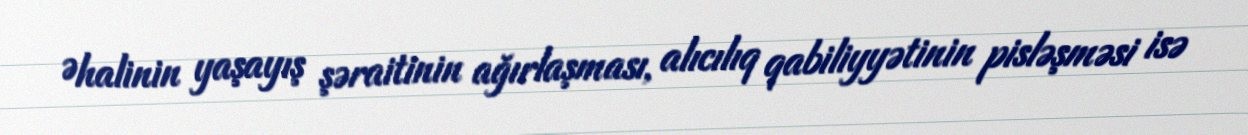
Əhalinin yaşayış şəraitinin ağırlaşması, alıcılıq qabiliyyətinin pisləşməsi isə